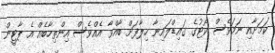
ކަމަށާއި ނަމަވެސް ކޯޓުގެ ގައިޑްލައިނާ ހިލާފަށް ބާއްވާ އެއްވެސް އިންތިހާބެއް އެ ޕާޓީން